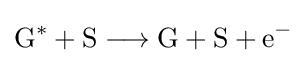
{\mathrm {G} {\vphantom {A}}^{\ast {}}{}+{}\mathrm {S} {}\mathrel {\longrightarrow } {}\mathrm {G} {}+{}\mathrm {S} {}+{}\mathrm {e} {\vphantom {A}}^{-}}